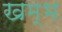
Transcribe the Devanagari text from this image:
खम्‍भ